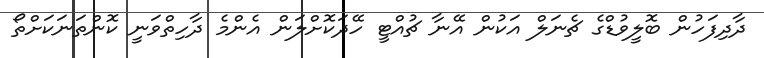
ދާދިފަހުން ބޮލީވުޑްގެ ޗެނަލް އަކުން އޭނާ ޗުއްޓީ ހޭދަކޮށްލަން އެންމެ ދާހިތްވަނީ ކޮންތަނަކަށްތޯ